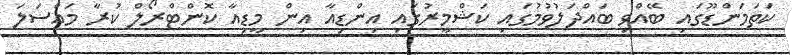
ކަތަމަންޑޫގައި ބޭއްވި ބައްދަލުވުމުގައި ކަޝްމީރުގައި އިންޑިއާ އިން މީޑިއާ ކޮންޓްރޯލް ކުރާ މައްސަލަ